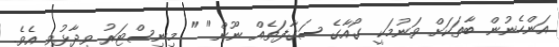
އަންހެނުން ބާތަކަށް ވަނުމަކީ ގޯއާގެ ސަގާފަތެއް ނޫން" " މިނިސްޓަރު ވިދާޅުވި އެވެ.